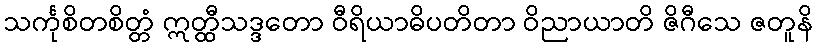
သင်္ကုစိတစိတ္တံ ဣတ္ထီသဒ္ဒတော ဝီရိယာဓိပတိတာ ဝိညာယာတိ ဇိဂီသေ ဇတူနိ